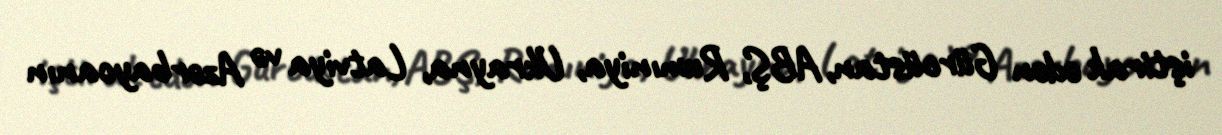
iştirak edən Gürcüstan, ABŞ, Rumıniya, Ukrayna, Latviya və Azərbaycanın